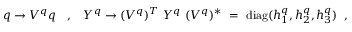
q \rightarrow V ^ { q } q ~ \; \; , \; \; ~ Y ^ { q } \rightarrow ( V ^ { q } ) ^ { T } ~ Y ^ { q } ~ ( V ^ { q } ) ^ { * } ~ = ~ \mathrm { d i a g } ( h _ { 1 } ^ { q } , h _ { 2 } ^ { q } , h _ { 3 } ^ { q } ) \; \; ,